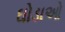
ઘોડાઓ